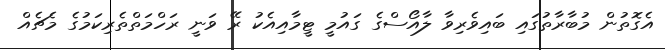
އެގޮތުން މުބާރާތުގައި ބައިވެރިވާ ލާއޯސްގެ ގައުމީ ޓީމާއިއެކު ރޭ ވަނީ ރަހްމަތްތެރިކަމުގެ މެޗެއް